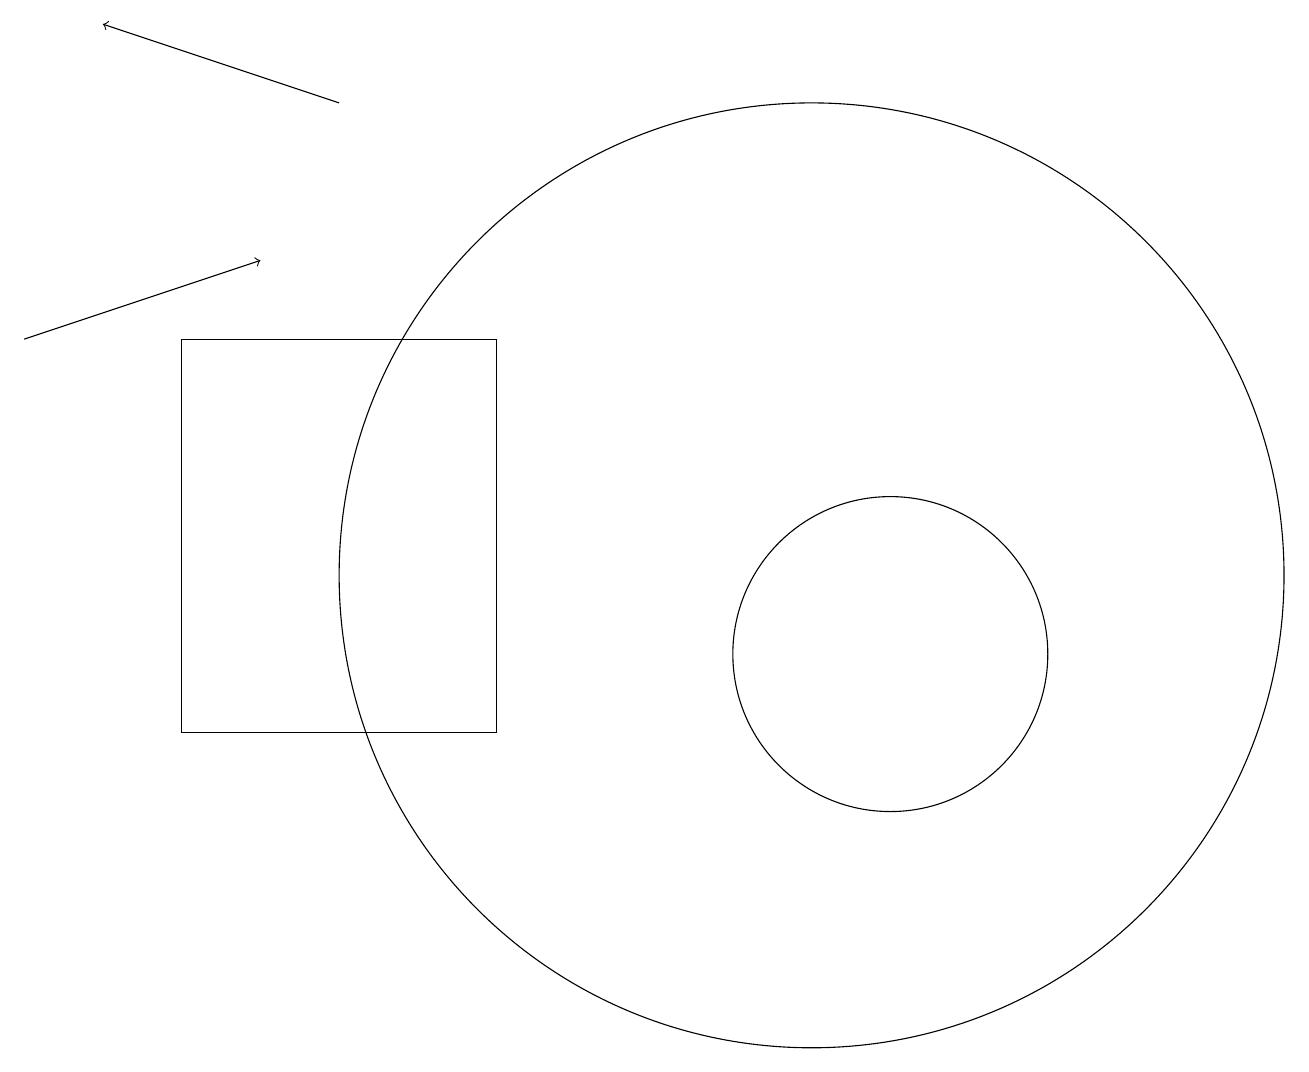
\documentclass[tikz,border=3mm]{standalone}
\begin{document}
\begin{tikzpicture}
\draw[->] (0,15) -- (3,16);
\draw (2,15) rectangle (6,10);
\draw[->] (4,18) -- (1,19);
\draw (11,11) circle (2);
\draw (10,12) circle (6);
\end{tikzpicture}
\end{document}